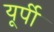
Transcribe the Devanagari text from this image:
यूर्पी